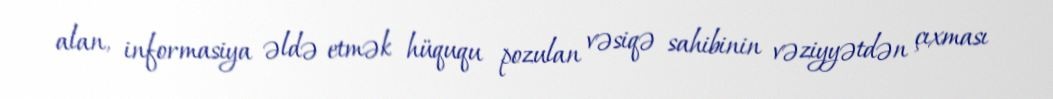
alan, informasiya əldə etmək hüququ pozulan vəsiqə sahibinin vəziyyətdən çıxması